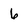
Character: 6